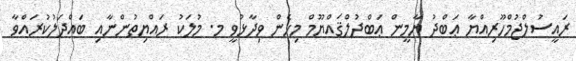
ރައީސުލްޖުމްހޫރިއްޔާ ޢަބްދު ޔާމީން ޢަބްދުލްޤައްޔޫމް މިހެން ވިދާޅުވީ މ. މުލަކު ރައްޔިތުންނާއި ބައްދަލުކުރައްވާ